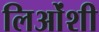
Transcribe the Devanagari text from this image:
लिओंशी